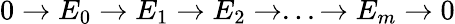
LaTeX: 0\rightarrow E_{0}\rightarrow E_{1}\rightarrow E_{2}\rightarrow...\rightarrow E_{m}\rightarrow 0